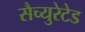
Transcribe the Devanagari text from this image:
सैच्युरेटेड